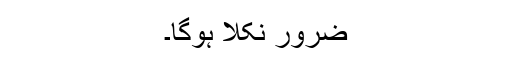
ضرور نکلا ہوگا۔